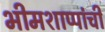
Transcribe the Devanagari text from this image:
भीमशाप्पांची